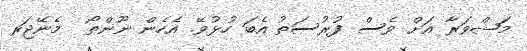
މަޝްވަރާ އަށް ވެސް ފުރުސަތު އެބަ ހުޅުވޭ. އެހެން ނޫންތޯ  މެނޭޖަރ